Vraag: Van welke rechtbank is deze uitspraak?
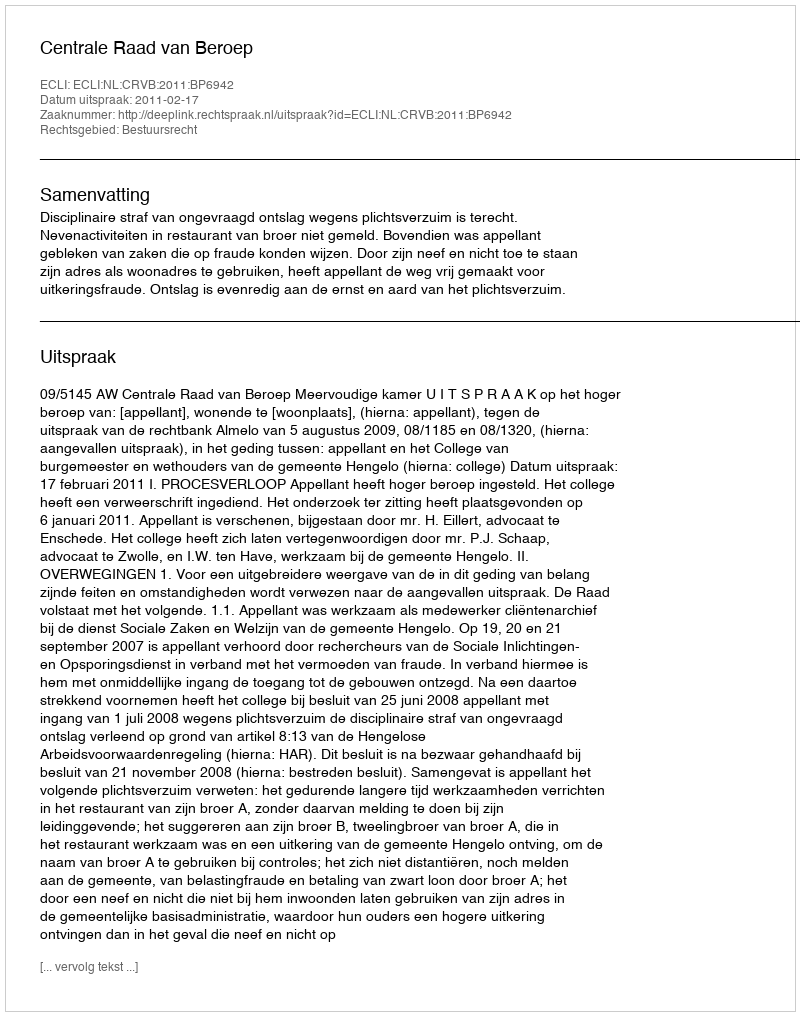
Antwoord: Centrale Raad van Beroep